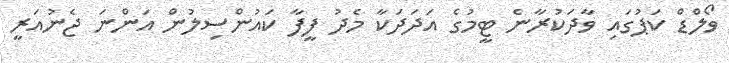
ވޯލްޑް ކަޕުގައި ވާދަކުރާނެ ޓީމުގެ އަދަދަކާ މެދު ފީފާ ކައުންސިލުން އަންނަ ޖެނުއަރީ